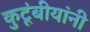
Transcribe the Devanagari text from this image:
कुटूंबीयांनी